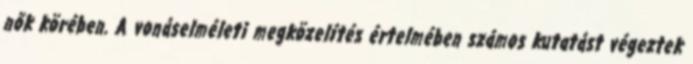
nők körében. A vonáselméleti megközelítés értelmében számos kutatást végeztek